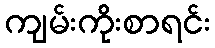
ကျမ်းကိုးစာရင်း